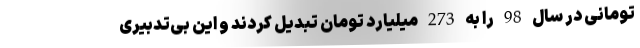
تومانی در سال 98 را به 273 میلیارد تومان تبدیل کردند و این بی‌تدبیری